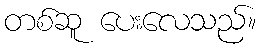
တစ်ဆူ ပေးလေသည်။